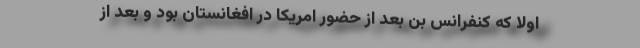
اولاً که کنفرانس بن بعد از حضور امریکا در افغانستان بود و بعد از